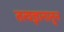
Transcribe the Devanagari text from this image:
तत्वज्ञानातून